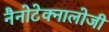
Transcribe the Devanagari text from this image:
नैनोटेक्नालोजी